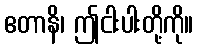
ဧတာနိ၊ ဤငါးပါးတို့ကို။